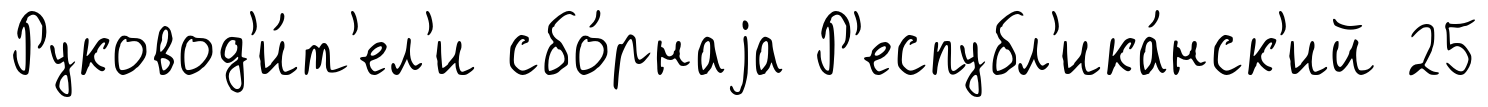
Руковод'и́т'ел'и сбо́рнаjа Р'еспубл'ика́нск'ий 25